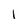
Character: l